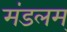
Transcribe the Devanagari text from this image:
मंडलम्‌